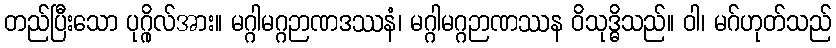
တည်ပြီးသော ပုဂ္ဂိုလ်အား။ မဂ္ဂါမဂ္ဂဉာဏဒဿနံ၊ မဂ္ဂါမဂ္ဂဉာဏဿန ဝိသုဒ္ဓိသည်။ ဝါ၊ မဂ်ဟုတ်သည်